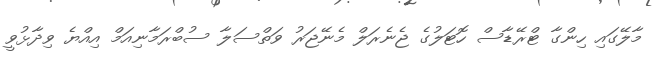
މާލޭގައި ހިންގާ ޓްރޭޑާސް ހޮޓަލުގެ ޖެނެރަލް މެނޭޖަރު ވަތްސަލާ ސުބްރަމާނިއަމް އިއްޔެ ވިދާޅުވީ